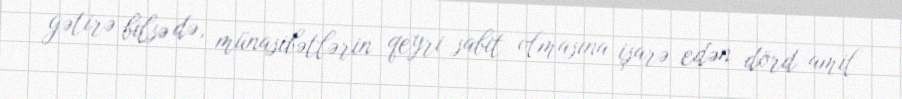
gətirə bilsə də, münasibətlərin qeyri-sabit olmasına işarə edən dörd amil